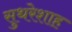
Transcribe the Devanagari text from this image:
सुथरेशाह